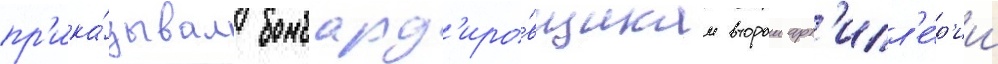
пр'ика́зывал бомбард'иро́вщикам второи арт'илл'е́р'ии